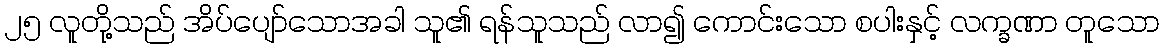
၂၅ လူတို့သည် အိပ်ပျော်သောအခါ သူ၏ ရန်သူသည် လာ၍ ကောင်းသော စပါးနှင့် လက္ခဏာ တူသော